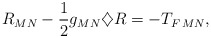
\begin{align*}R_{MN}-\frac{1}{2}g_{MN}\diamondsuit R=-T_{F\,MN},\end{align*}